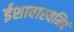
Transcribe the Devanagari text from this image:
ईशावास्यमिदं